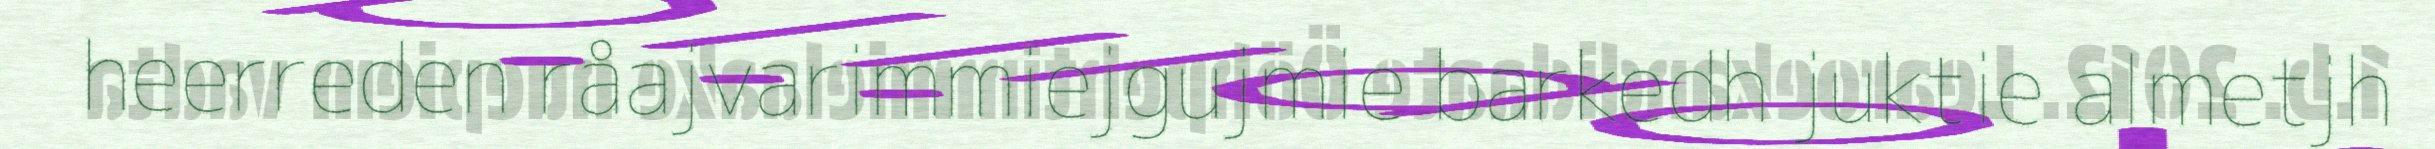
heerreden råajvarimmiejgujmie barkedh juktie almetjh